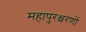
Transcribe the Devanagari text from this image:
महापुरश्चरणों